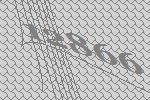
12866